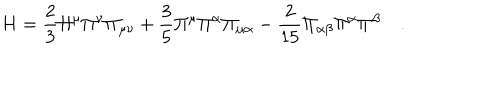
LaTeX: H = \frac { 2 } { 3 } \Pi ^ { \mu } \Pi ^ { \nu } \Pi _ { \mu \nu } + \frac { 3 } { 5 } \Pi ^ { \mu } \Pi ^ { \alpha } \Pi _ { \mu \alpha } - \frac { 2 } { 1 5 } \Pi _ { \alpha \beta } \Pi ^ { \alpha } \Pi ^ { \beta } \quad .